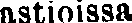
astioissa